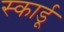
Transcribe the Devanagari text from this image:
स्कार्डू